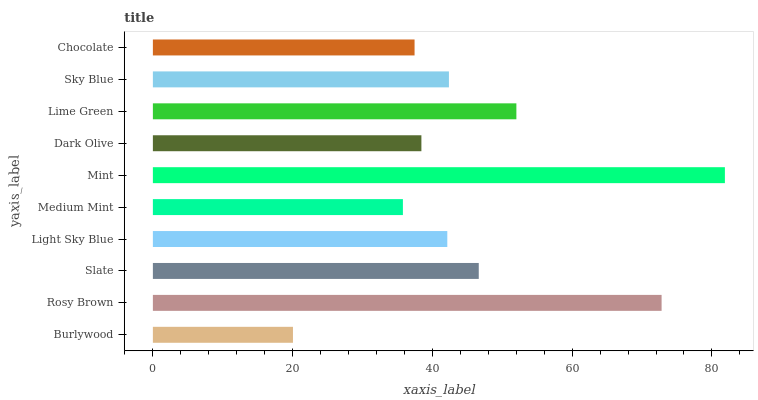
| yaxis_label | bars |
 | --- | --- |
 | Burlywood | 20 |
 | Rosy Brown | 72.8 |
 | Slate | 46.6 |
 | Light Sky Blue | 42.1 |
 | Medium Mint | 35.8 |
 | Mint | 81.9 |
 | Dark Olive | 38.4 |
 | Lime Green | 52 |
 | Sky Blue | 42.4 |
 | Chocolate | 37.4 |